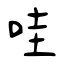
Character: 哇